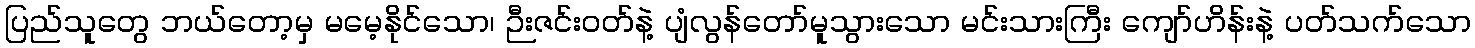
ပြည်သူတွေ ဘယ်တော့မှ မမေ့နိုင်သော၊ ဉီးဇင်းဝတ်နဲ့ ပျံလွန်တော်မူသွားသော မင်းသားကြီး ကျော်ဟိန်းနဲ့ ပတ်သက်သော